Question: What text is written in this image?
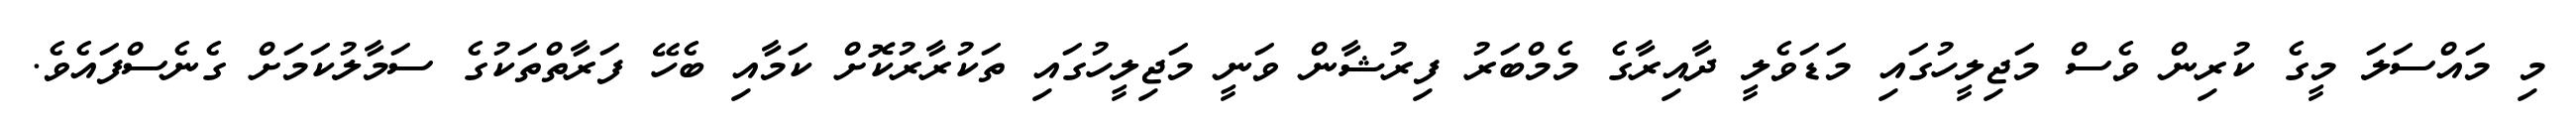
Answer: މި މައްސަލަ މީގެ ކުރިން ވެސް މަޖިލީހުގައި މަޑަވެލީ ދާއިރާގެ މެމްބަރު ފިރުޝާން ވަނީ މަޖިލީހުގައި ތަކުރާރުކޮށް ކަމާއި ބެހޭ ފަރާތްތަކުގެ ސަމާލުކަމަށް ގެނެސްފައެވެ.